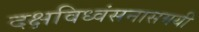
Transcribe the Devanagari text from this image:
दक्षविध्वंसनासमयी